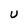
Character: U